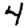
Digit: 4